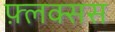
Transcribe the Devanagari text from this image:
फ़्लक्सस